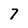
Character: 7